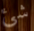
شئ